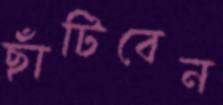
ছাঁটিবেন